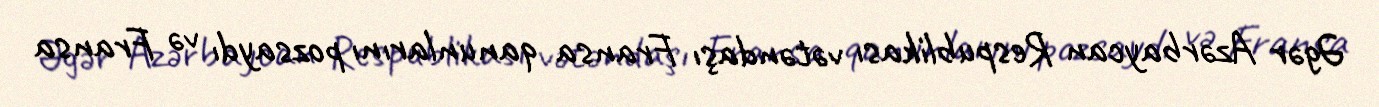
Əgər Azərbaycan Respublikası vətəndaşı Fransa qanunlarını pozsaydı və Fransa